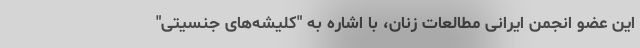
این عضو انجمن ایرانی مطالعات زنان، با اشاره به "کلیشه‌های جنسیتی"